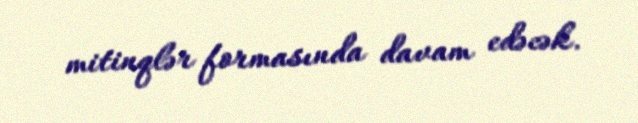
mitinqlər formasında davam edəcək.